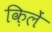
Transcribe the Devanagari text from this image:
क़िलें